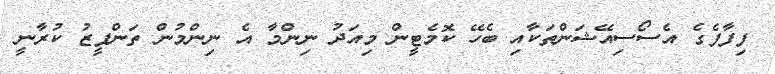
ފިފާފެގެ އެސޯސިއޭޝަންތަކާއި ބެހޭ ކޮމެޓީން މިއަދު ނިންމާ އެ ނިންމުން ތަންފީޒު ކުރާނީ